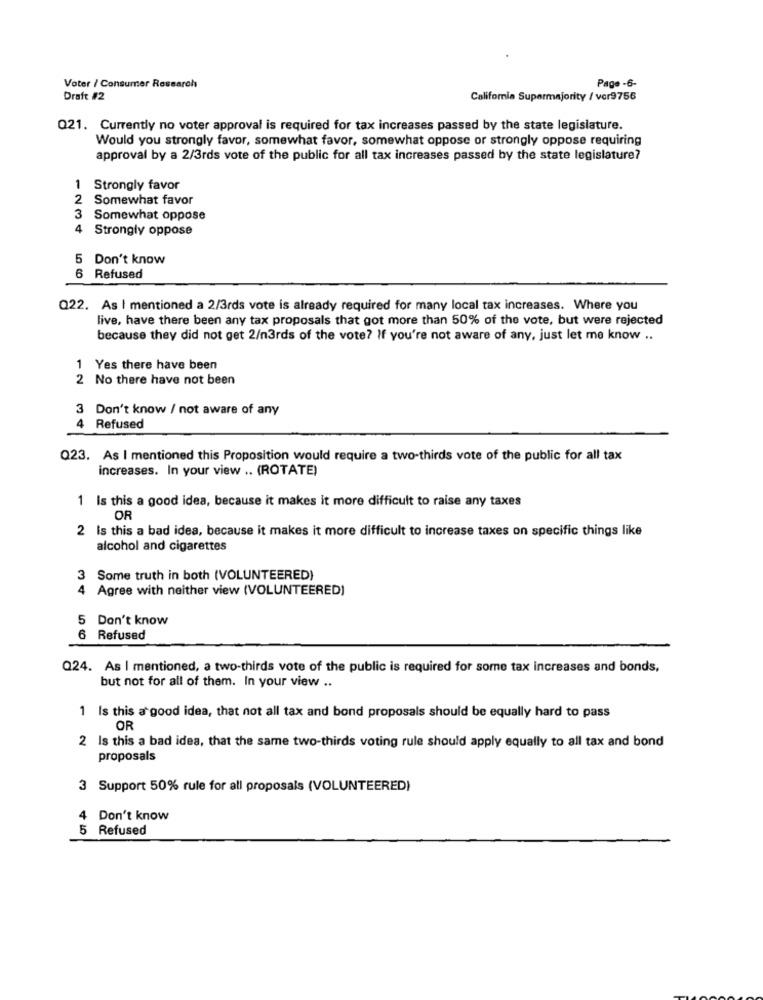
Page -6-
Voter / Consumer Research
Draft #2
California Supermajority / vcr9756
Q21. Currently no voter approval is required for tax increases passed by the state legislature.
Would you strongly favor, somewhat favor, somewhat oppose or strongly oppose requiring
approval by a 2/3rds vote of the public for all tax increases passed by the state legislature?
Strongly favor
2 Somewhat favor
3
Somewhat oppose
4
Strongly oppose
5 Don't know
6 Refused
Q22. As I mentioned a 2/3rds vote is already required for many local tax increases. Where you
live, have there been any tax proposals that got more than 50% of the vote, but were rejected
because they did not get 2/n3rds of the vote? If you're not aware of any, just let me know ..
1 Yes there have been
2 No there have not been
3 Don't know / not aware of any
4 Refused
Q23. As I mentioned this Proposition would require a two-thirds vote of the public for all tax
increases. In your view .. (ROTATE)
1 Is this a good idea, because it makes it more difficult to raise any taxes
OR
2 Is this a bad idea, because it makes it more difficult to increase taxes on specific things like
alcohol and cigarettes
3 Some truth in both (VOLUNTEERED)
4 Agree with neither view (VOLUNTEERED)
5 Don't know
6 Refused
Q24. As I mentioned, a two-thirds vote of the public is required for some tax increases and bonds,
but not for all of them. In your view ..
1 Is this a good idea, that not all tax and bond proposals should be equally hard to pass
OR
2 Is this a bad idea, that the same two-thirds voting rule should apply equally to all tax and bond
proposals
3 Support 50% rule for all proposals (VOLUNTEERED)
4
Don't know
Refused